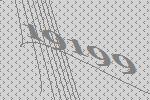
19199